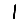
Digit: 1